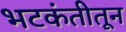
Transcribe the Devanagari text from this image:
भटकंतीतून